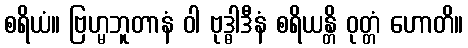
စရိယံ။ ဗြဟ္မဘူတာနံ ဝါ ဗုဒ္ဓါဒီနံ စရိယန္တိ ဝုတ္တံ ဟောတိ။